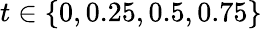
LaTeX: t\in\{ 0,0.25,0.5,0.75\}